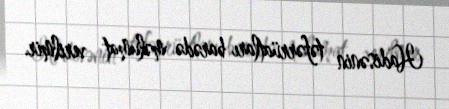
Hadisənin təfərrüatları barədə məlumat verilmir.